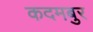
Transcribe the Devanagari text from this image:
कदमबुर